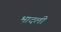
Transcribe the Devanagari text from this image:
भादली